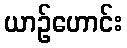
ယာဉ်ဟောင်း